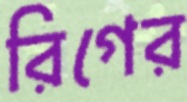
রিগের